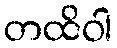
တထိဝါ